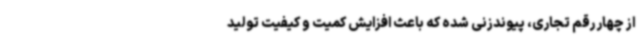
از چهار رقم تجاری، پیوندزنی شده که باعث افزایش کمیت و کیفیت تولید